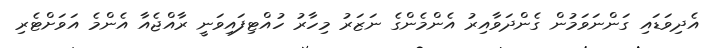
އެދިވަޑައި ގަންނަވަމުން ގެންދަވާއިރު އެންމެންގެ ނަޒަރު މިހާރު ހުއްޓިފައިވަނީ ރާއްޖެއާ އެންމެ އަވަށްޓެރި